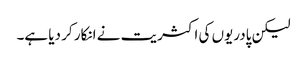
لیکن پادریوں کی اکثریت نے انکار کر دیا ہے۔